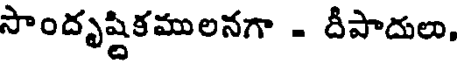
సాందృష్టికములనగా - దీపాదులు,